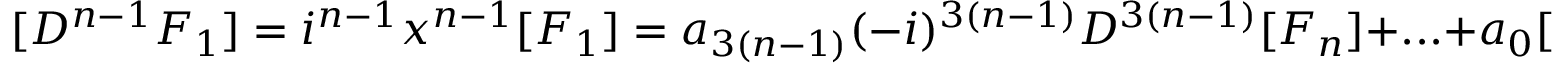
[ D ^ { n - 1 } F _ { 1 } ] = i ^ { n - 1 } x ^ { n - 1 } [ F _ { 1 } ] = a _ { 3 ( n - 1 ) } ( - i ) ^ { 3 ( n - 1 ) } D ^ { 3 ( n - 1 ) } [ F _ { n } ] + . . . + a _ { 0 } [ F _ { n } ] ,